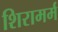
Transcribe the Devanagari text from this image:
शिरामर्म